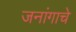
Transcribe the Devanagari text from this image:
जनांगाचे